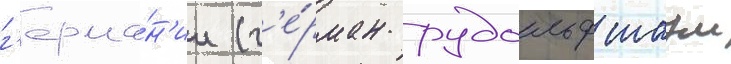
г'ерма́н'ии (г'е́рман рудольф шаум